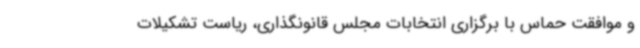
و موافقت حماس با برگزاری انتخابات مجلس قانونگذاری، ریاست تشکیلات